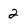
Character: 2